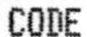
CODE